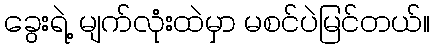
ခွေးရဲ့ မျက်လုံးထဲမှာ မစင်ပဲမြင်တယ်။